Annual report of the Bengal Veterinary College and of the Civil Veterinary Department, Bengal, for the year 1916-17 - 1916-1917
Year: 1916
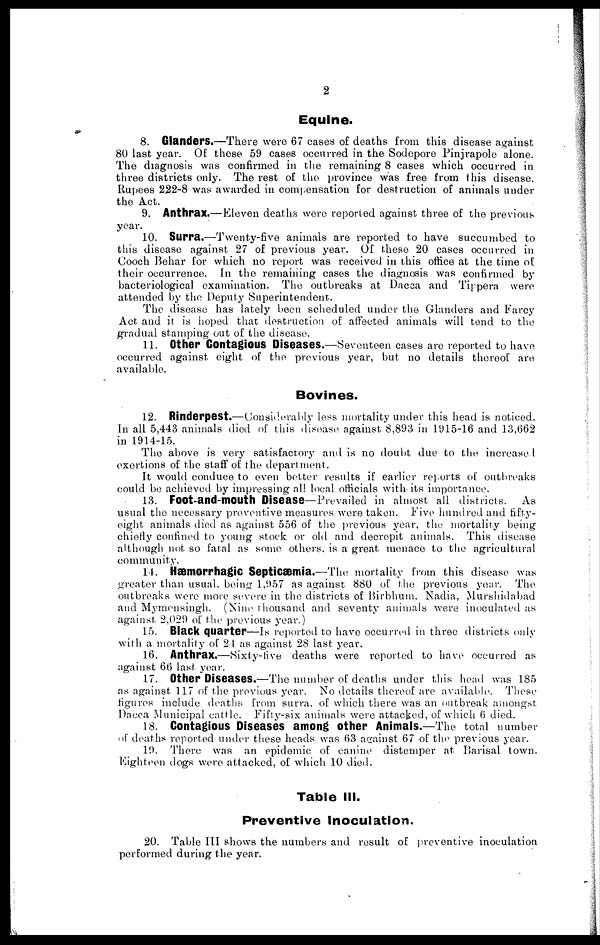
2
Equine.
8. Glanders.—There were 67 cases of deaths from this disease against
80 last year. Of these 59 eases occurred in the Sodepore Pinjrapole alone.
The diagnosis was confirmed in the remaining 8 cases which occurred in
three districts only. The rest of the province was free from this disease.
Rupees 222-8 was awarded in compensation for destruction of animals under
the Act.
9. Anthrax.—Eleven deaths were reported against three of the previous
year.
10. Surra.—Twenty-five animals are reported to have succumbed to
this disease against 27 of previous year. Of these 20 cases occurred in
Cooch Behar for which no report was received in this office at the time of
their occurrence. In the remaining cases the diagnosis was confirmed by
bacteriological examination. The outbreaks at Dacca and Tippera were
attended by the Deputy Superintendent.
The disease has lately been scheduled under the Glanders and Farcy
Act and it is hoped that destruction of affected animals will tend to the
gradual stamping out of the disease.
11. Other Contagious Diseases.—Seventeen cases are reported to have
occurred against eight of the previous year, but no details thereof are
available.
Bovines.
12. Rinderpest.—Considerably less mortality under this head is noticed.
In all 5,443 animals died of this disease against 8,893 in 1915-16 and 13,662
in 1914-15.
The above is very satisfactory and is no doubt due to the increased
exertions of the staff of the department.
It would conduce to even better results if earlier reports of outbreaks
could be achieved by impressing all local officials with its importance.
13. Foot-and-mouth Disease—Prevailed in almost all districts.
As
usual the necessary preventive measures were taken. Five hundred and fifty-
eight animals died as against 556 of the previous year, the mortality being
chiefly confined to young stock or old and decrepit animals. This disease
although not so fatal as some others, is a great menace to the agricultural
community.
14. Hæmorrhagic Septicæmia.—The mortality from this disease was
greater than usual, being 1,957 as against 880 of the previous year. The
outbreaks were more severe in the districts of Birbhum, Nadia, Murshidabad
and Mymensingh. (Nine thousand and seventy animals were inoculated as
against 2,029 of the previous year.)
15. Black quarter—Is reported to have occurred in three districts only
with a mortality of 24 as against 28 last. year.
16. Anthrax.—Sixty-five deaths were reported to have occurred as
against 66 last year.
17. Other Diseases.—The number of deaths under this head was 185
as against 117 of the previous year. No details thereof are available. These
figures include deaths from surra, of which there was an outbreak amongst.
Dacca Municipal cattle. Fifty-six animals were attacked, of which 6 died.
18. Contagious Diseases among other Animals.—The total number
of deaths reported under these heads was 63 against 67 of the previous year.
19. There was an epidemic of canine distemper at Barisal town.
Eighteen dogs were attacked, of which 10 died.
Table III.
Preventive Inoculation.
20. Table III shows the numbers and result of preventive inoculation
performed during the year.